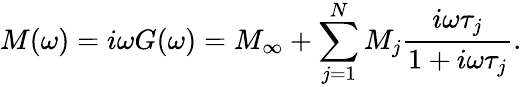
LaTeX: M(\omega)=i\omega G(\omega)=M_{\infty}+\sum_{j=1}^{N}M_{j}\frac{i\omega\tau_{j}}{1+i\omega\tau_{j}}.